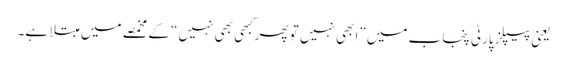
یعنی پیپلز پارٹی پنجاب میں ”ابھی نہیں تو پھرکبھی بھی نہیں“ کے مخمصے میں مبتلا ہے۔